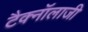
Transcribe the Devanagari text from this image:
टैक्नॉलाजी